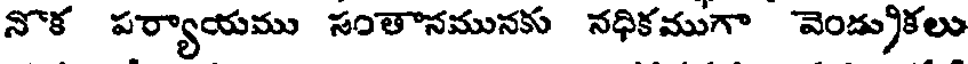
నొక పర్యాయము సంతానమునకు నధికముగా వెండ్రుకలు